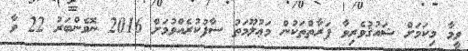
ވީމާ މިކަމަށް ޝައުޤުވެރިވާ ފަރާތްތަކުން މަޢުލޫމަތު ސާފުކުރެއްވުމަށް 2016 ނޮވެންބަރު 22 ވާ